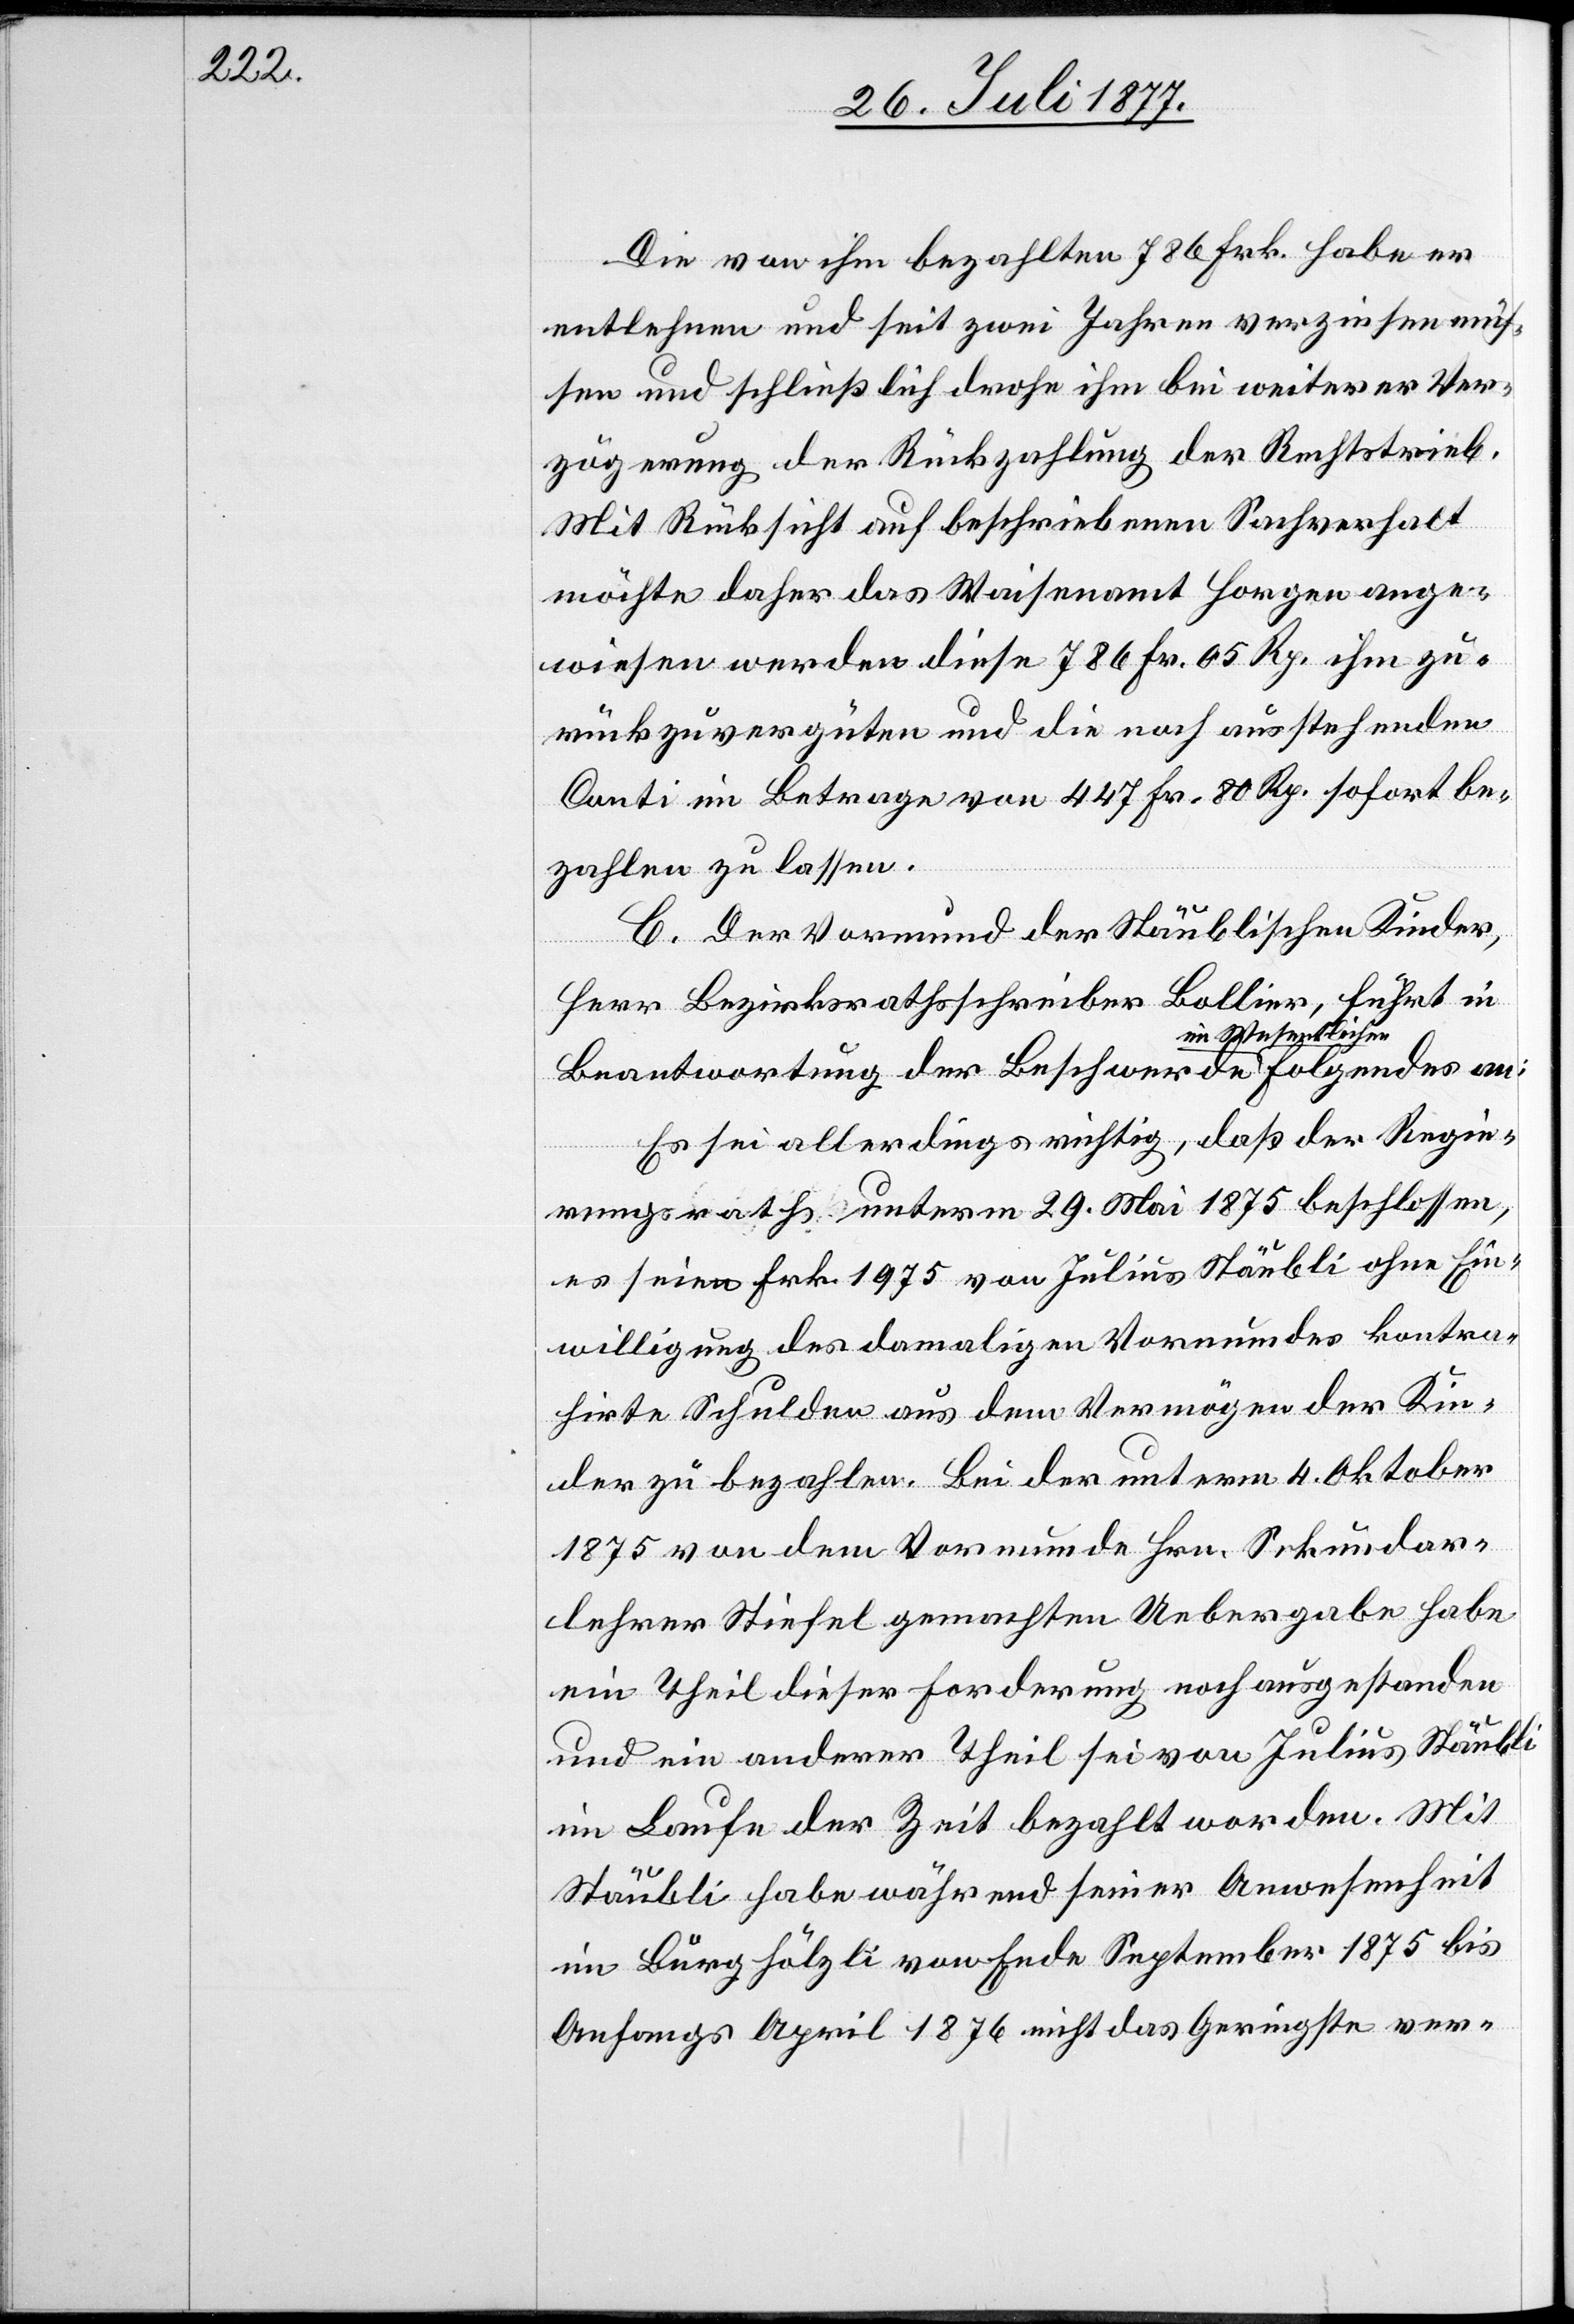
tlichen

Die von ihm bezahlten 786 Frk. habe er
entlehnen und seit zwei Jahren verzinsen müs¬
sen und schließlich drohe ihm bei weiterer Ver¬
zögerung der Rückzahlung der Rechtstrieb.
Mit Rücksicht auf beschriebenen Sachverhalt
möchte daher das Waisenamt Horgen ange¬
wiesen werden diese 786 Fr. 05 Rp. ihm zu¬
rückzuvergüten und die noch ausstehenden
Conti im Betrage von 447 Fr. 80 Rp. sofort be¬
zahlen zu lassen.
C. Der Vormund der Stäublischen Kinder,
Herr Bezirksrathsschreiber Bollier, führt in
Beantwortung der Beschwerde im Wesen¬
Es sei allerdings richtig, daß der Regie¬
rungsrath unterm 29. Mai 1875 beschlossen,
es seien Frk. 1975 von Julius Stäubli ohne Ein¬
willigung des damaligen Vormundes kontra¬
hirte Schulden aus dem Vermögen der Kin¬
der zu bezahlen. Bei der unterm 4. Oktober
1875 von dem Vormunde Hrn. Sekundar¬
lehrer Stiefel gemachten Uebergabe habe
ein Theil dieser Forderung noch ausgestanden
und ein anderer Theil sei von Julius Stäubli
im Laufe der Zeit bezahlt worden. Mit
Stäubli habe während seiner Anwesenheit
im Burghölzli von Ende September 1875 bis
Anfangs April 1876 nicht das Geringste ver-